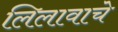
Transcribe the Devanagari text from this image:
लिलावाचे